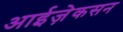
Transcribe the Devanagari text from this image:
आईज़ेकसन